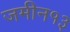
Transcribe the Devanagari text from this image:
जमीन१३